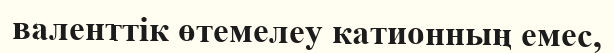
валенттік өтемелеу катионның емес,